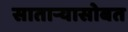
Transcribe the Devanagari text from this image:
सातार्‍यासोबत